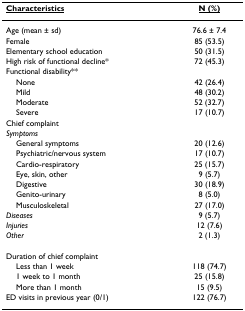
<table><thead><tr><td><b><underline>Characteristics</underline></b></td><td><b><underline>N (%)</underline></b></td></tr></thead><tbody><tr><td>Age (mean ± sd)</td><td>76.6 ± 7.4</td></tr><tr><td>Female</td><td>85 (53.5)</td></tr><tr><td>Elementary school education</td><td>50 (31.5)</td></tr><tr><td>High risk of functional decline*</td><td>72 (45.3)</td></tr><tr><td>Functional disability**</td><td></td></tr><tr><td> None</td><td>42 (26.4)</td></tr><tr><td> Mild</td><td>48 (30.2)</td></tr><tr><td> Moderate</td><td>52 (32.7)</td></tr><tr><td> Severe</td><td>17 (10.7)</td></tr><tr><td>Chief complaint</td><td></td></tr><tr><td><i>Symptoms</i></td><td></td></tr><tr><td> General symptoms</td><td>20 (12.6)</td></tr><tr><td> Psychiatric/nervous system</td><td>17 (10.7)</td></tr><tr><td> Cardio-respiratory</td><td>25 (15.7)</td></tr><tr><td> Eye, skin, other</td><td>9 (5.7)</td></tr><tr><td> Digestive</td><td>30 (18.9)</td></tr><tr><td> Genito-urinary</td><td>8 (5.0)</td></tr><tr><td> Musculoskeletal</td><td>27 (17.0)</td></tr><tr><td><i>Diseases</i></td><td>9 (5.7)</td></tr><tr><td><i>Injuries</i></td><td>12 (7.6)</td></tr><tr><td><i>Other</i></td><td>2 (1.3)</td></tr><tr><td>Duration of chief complaint</td><td></td></tr><tr><td> Less than 1 week</td><td>118 (74.7)</td></tr><tr><td> 1 week to 1 month</td><td>25 (15.8)</td></tr><tr><td> More than 1 month</td><td>15 (9.5)</td></tr><tr><td>ED visits in previous year (0/1)</td><td>122 (76.7)</td></tr></tbody></table>